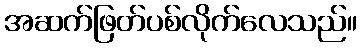
အဆက်ဖြတ်ပစ်လိုက်လေသည်။